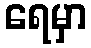
ရေမှာ